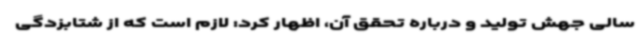
سالی جهش تولید و درباره تحقق آن، اظهار کرد: لازم است که از شتابزدگی